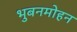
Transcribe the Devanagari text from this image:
भुबनमोहन